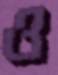
ও